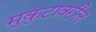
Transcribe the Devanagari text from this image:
मुकुटावरील